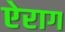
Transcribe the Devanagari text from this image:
ऐराग